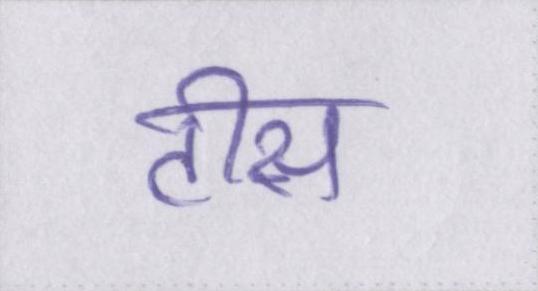
टीस